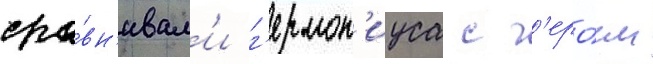
сра́вн'ивал'и г'ермон'иуса с г'еро́ем